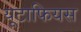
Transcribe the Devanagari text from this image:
यूटाफियस